Tezpur Lunatic Asylum reports 1877-1894 - 1877-1894
Year: 1877
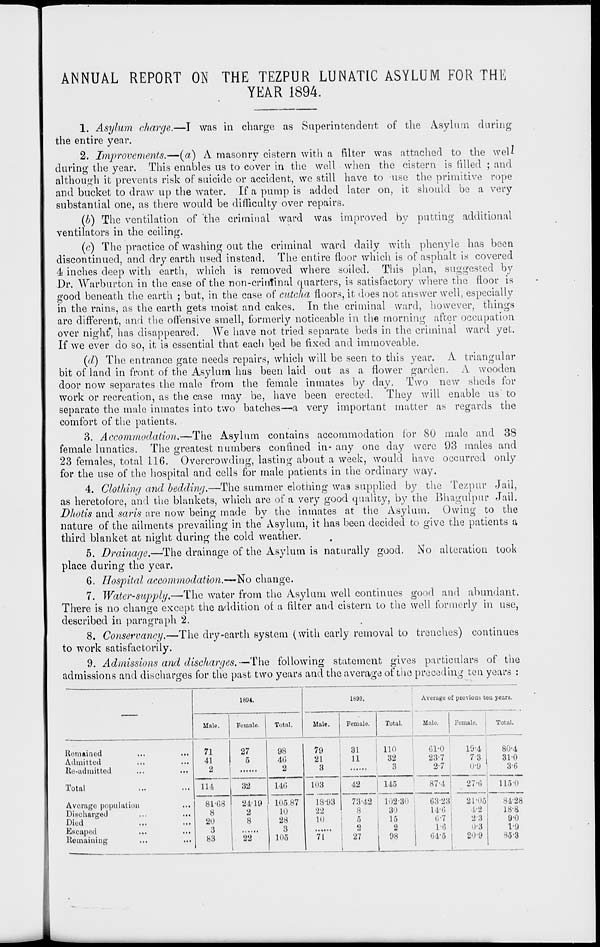
ANNUAL REPORT ON THE TEZPUR LUNATIC ASYLUM FOR THE
YEAR 1894.
1. Asylum charge.—I was in charge as Superintendent of the Asylum during
the entire year.
2. Improvements.—(a) A masonry cistern with a filter was attached to the well
during the year. This enables us to cover in the well, when the cistern is filled ; and
although it prevents risk of suicide or accident, we still have to use the primitive rope
and bucket to draw up the water. If a pump is added later on, it should be a very
substantial one, as there would be difficulty over repairs.
(b) The ventilation of 'the criminal ward was improved by putting additional
ventilators in the ceiling.
(c) The practice of washing out the criminal ward daily with phenyle has been
discontinued, and dry earth used instead. The entire floor which is of asphalt is covered
4i inches deep with earth, which is removed where soiled. This plan, suggested by
Dr. Warburton in the case of the non-crintinal quarters, is satisfactory where the floor is
good beneath the earth ; but, in the case of cuteha floors, it does not answer well, especially
in the rains, as the earth gets moist and cakes. In the criminal ward, however, things
are different, and the offensive smell, formerly noticeable in the morning after occupation
over night', has disappeared. We have not tried separate beds in the criminal ward yet.
If we ever do so, it is essential that each bed be fixed and immoveable.
(d) The entrance gate needs repairs, which will be seen to this year. A triangular
bit of land in front of the Asylum has been laid out as a flower garden. A wooden
door now separates the male from the female inmates by day. Two new sheds for
work or recreation, as the case may be, have been erected. They will enable us to
separate the male inmates into two batches—a very important matter as regards the
comfort of the patients.
3. Accommodation.—The Asylum contains accommodation for 80 male and 38
female lunatics. The greatest numbers confined in- any one day were 93 males and
23 females, total 116. Overcrowding, lasting about a week, would have occurred only
for the use of the hospital and cells for male patients in the ordinary way.
4. Clothing and bedding.—The summer elothing was supplied by the Tezpur Jail,
as heretofore, and the blankets, which are of a very good quality, by the Bhagulpur Jail.
Dhotis and saris are now being made by the inmates at the Asylum. Owing to the
nature of the ailments prevailing in the Asylum, it has been decided to give the patients a
third blanket at night during the cold weather.
5. Drainage.—The drainage of the Asylum is naturally good. No alteration took
place during the year.
6. Hospital accommodation.—"No change.
7. Water-supply.—The water from the Asylum well continues good and abundant.
There is no change except the addition of a filter and cistern to the well formerly in use,
described in paragraph 2.
8. Conservancy.—The dry-earth system (with early removal to trenches) continues
to work satisfactorily.
9. Admissions and discharges.—The following statement gives particulars of the
admissions and discharges for the past two years and the average of the preceding ten years :
1804.
1833.
Average of previous tou years.
Mill,'.
Female.
Total.
Male.
Female.
•
Total.
Male.
Female.
Total.
Remained
...
...
Admitted
.,,
Re-admittod
...
...
71
41
2
27
5
98
40
2
79
21
3
31
11
110
32
3
61-0
23-7
2-7
19-4
73
U-'J
80-4
31-0
36
Total
114
32
140
103
18-93
'22
10
71
42
73-42
8
5
2
27
145
87-4
27-0
115 0
Avoragc population
...
Discharged
...
.,,
Died
Escaped
Remaining
81-68
8
20
3
83
24-19
2
8
22
L05.87
10
28
3
105
102-3')
3')
15
2
98
6828
14.-6
6-7
10
04-5
21-05
4-2
2-8
0-3
20-9
84-28
18-8
9-0
1-9
S53